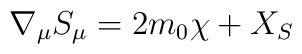
\nabla_{\mu} S_{\mu} = 2 m_0 \chi + X_S\nonumber